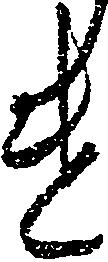
け